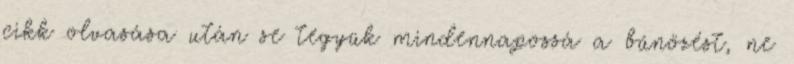
cikk olvasása után se tegyük mindennapossá a bűnözést, ne